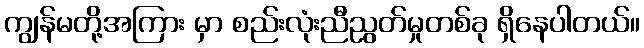
ကျွန်မတို့အကြား မှာ စည်းလုံးညီညွတ်မှုတစ်ခု ရှိနေပါတယ်။